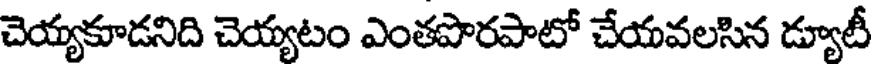
చెయ్యకూడనిది చెయ్యటం ఎంతపొరపాటో చేయవలసిన డ్యూటీ